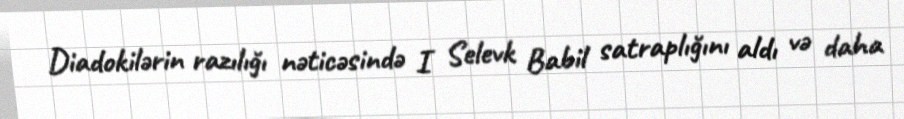
Diadokilərin razılığı nəticəsində I Selevk Babil satraplığını aldı və daha